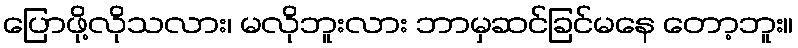
ပြောဖို့လိုသလား၊ မလိုဘူးလား ဘာမှဆင်ခြင်မနေ တော့ဘူး။